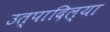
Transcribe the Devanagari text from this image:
उत्पादिल्या